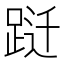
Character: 跹